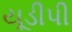
યૂડીપી